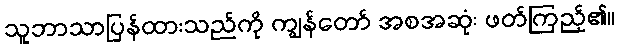
သူဘာသာပြန်ထားသည်ကို ကျွန်တော် အစအဆုံး ဖတ်ကြည့်၏။